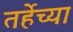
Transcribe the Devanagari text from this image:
तर्हेच्या